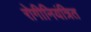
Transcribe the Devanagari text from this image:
रोगीनियंत्रित